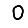
Digit: 0